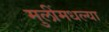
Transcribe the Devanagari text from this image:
मुलींमधल्या